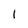
Character: 1